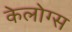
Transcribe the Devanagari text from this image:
केलोग्स